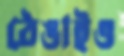
ঠেঙাইও